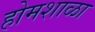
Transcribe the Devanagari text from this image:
होमशाळा